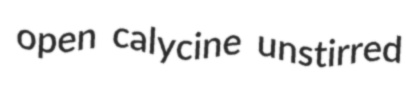
open calycine unstirred